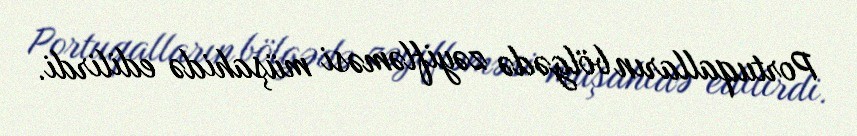
Portuqalların bölgədə zəyifləməsi müşahidə edilirdi.